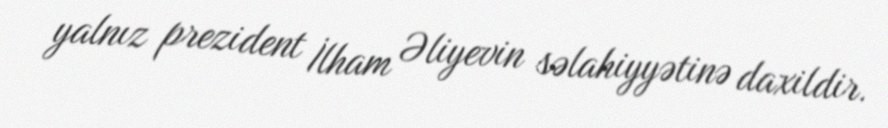
yalnız prezident İlham Əliyevin səlahiyyətinə daxildir.